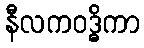
နီလကဝဒ္ဓိကာ